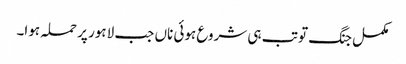
مکمل جنگ تو تب ہی شروع ہوئی ناں جب لاہور پر حملہ ہوا۔